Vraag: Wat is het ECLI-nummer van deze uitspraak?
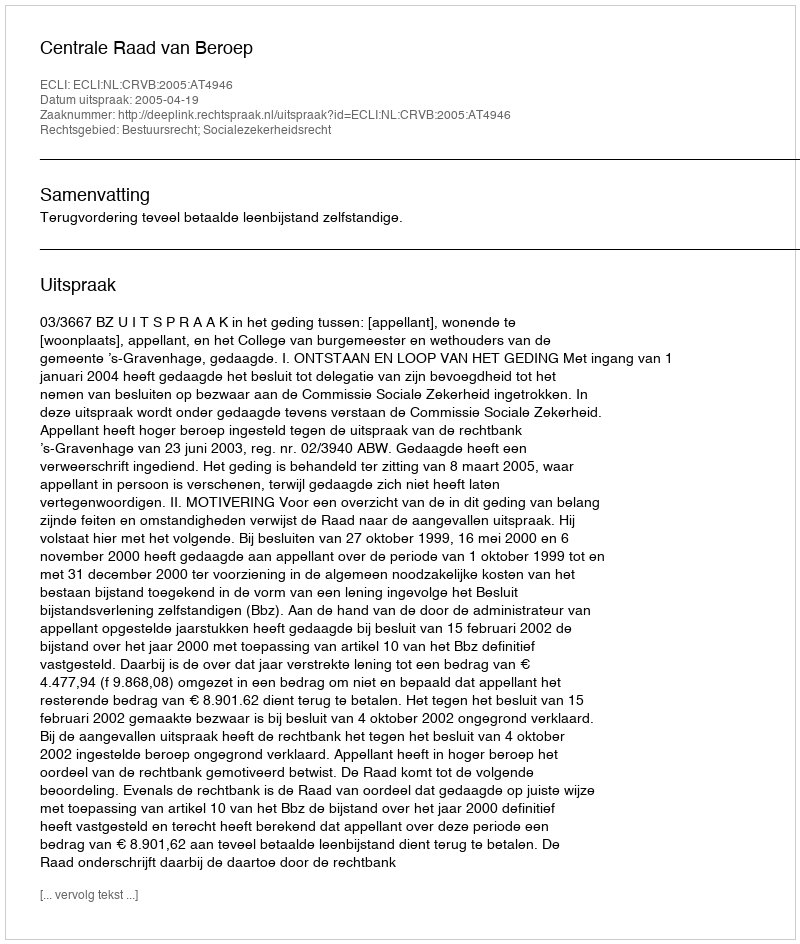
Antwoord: ECLI:NL:CRVB:2005:AT4946